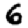
Digit: 6